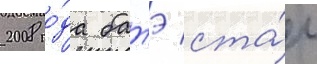
2008 го́да батэ ста́л